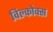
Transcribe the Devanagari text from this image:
विल्कोक्स